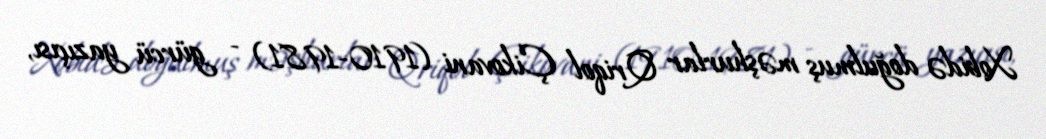
Xobidə doğulmuş məşhurlar Qriqol Çikovani (1910-1981) - gürcü yazıçısı,